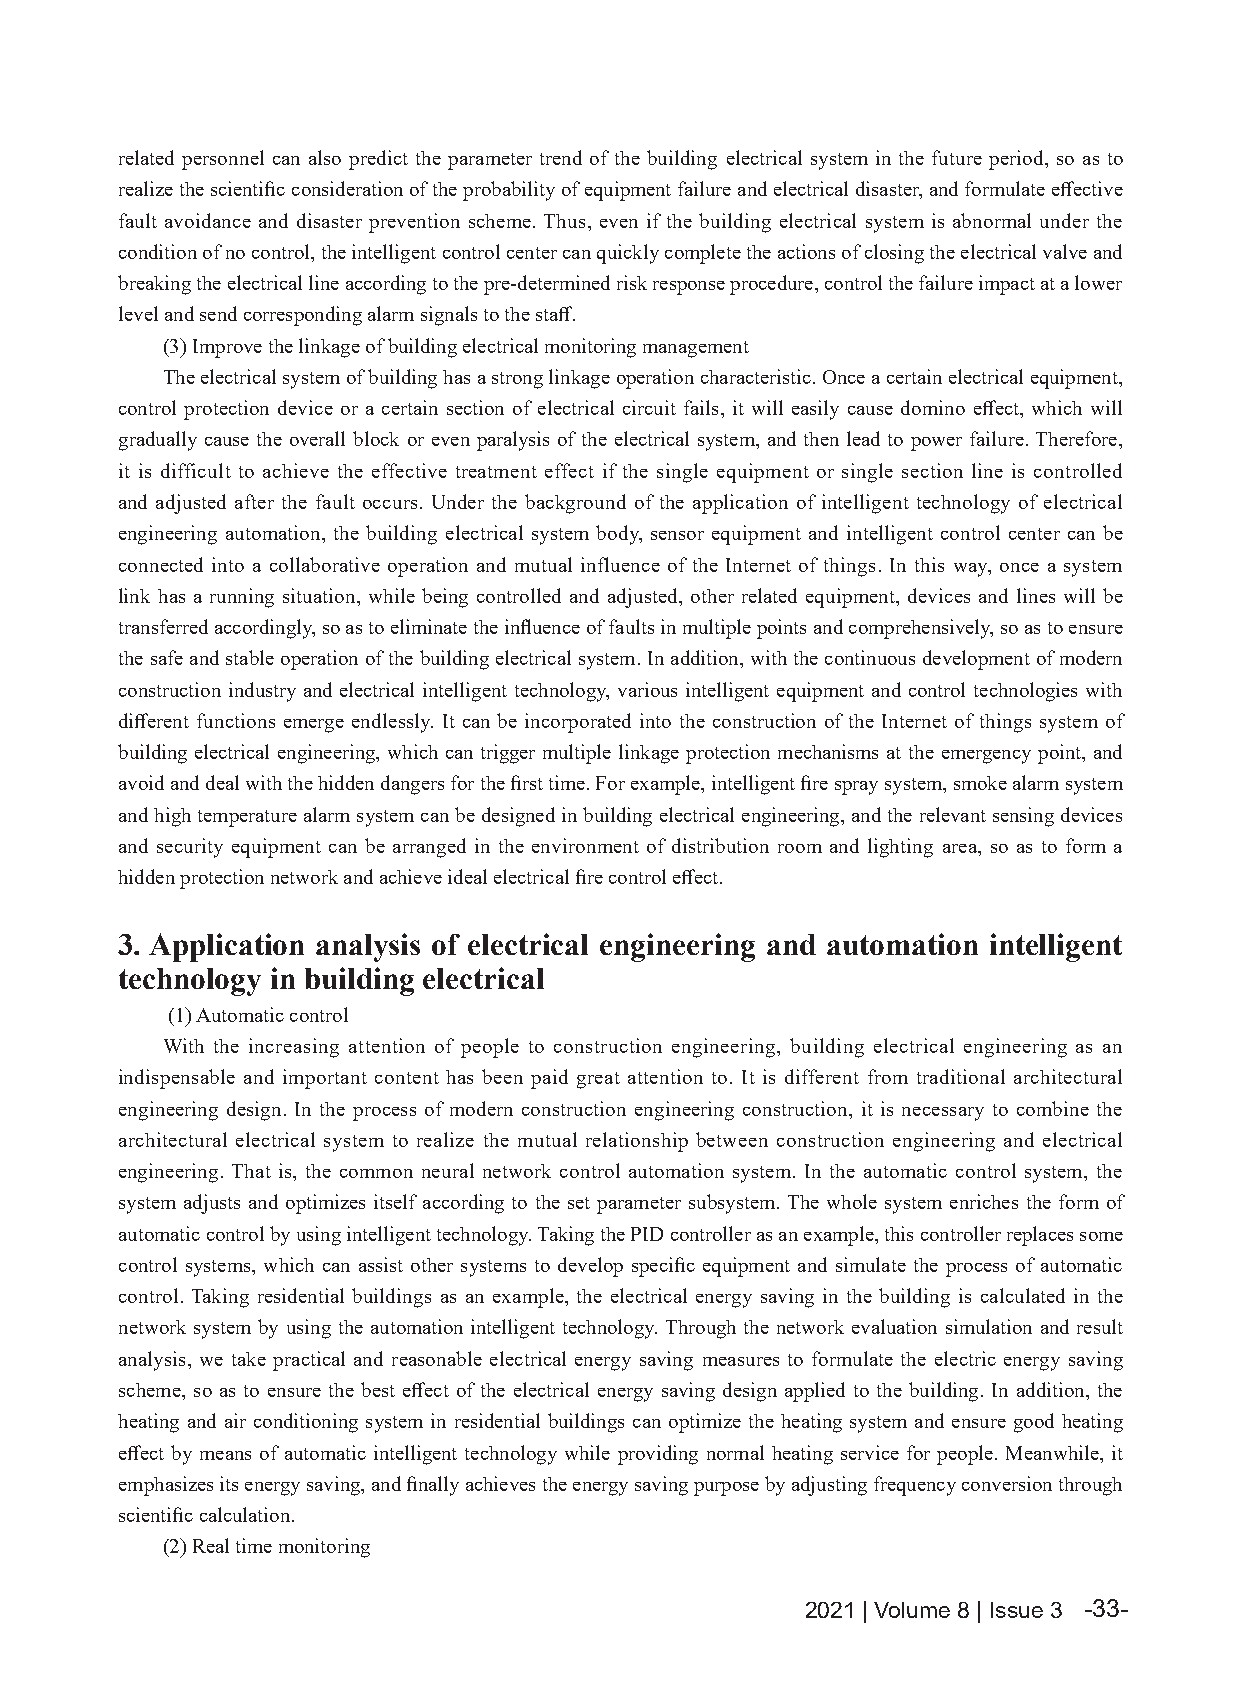
related personnel can also predict the parameter trend of the building electrical system in the future period, so as to
 realize the scientific consideration of the probability of equipment failure and electrical disaster, and formulate effective
 fault avoidance and disaster prevention scheme. Thus, even if the building electrical system is abnormal under the
 condition of no control, the intelligent control center can quickly complete the actions of closing the electrical valve and
 breaking the electrical line according to the pre-determined risk response procedure, control the failure impact at a lower
 level and send corresponding alarm signals to the staff.
 (3) Improve the linkage of building electrical monitoring management
 The electrical system of building has a strong linkage operation characteristic. Once a certain electrical equipment,
 control protection device or a certain section of electrical circuit fails, it will easily cause domino effect, which will
 gradually cause the overall block or even paralysis of the electrical system, and then lead to power failure. Therefore,
 it is difficult to achieve the effective treatment effect if the single equipment or single section line is controlled
 and adjusted after the fault occurs. Under the background of the application of intelligent technology of electrical
 engineering automation, the building electrical system body, sensor equipment and intelligent control center can be
 connected into a collaborative operation and mutual influence of the Internet of things. In this way, once a system
 link has a running situation, while being controlled and adjusted, other related equipment, devices and lines will be
 transferred accordingly, so as to eliminate the influence of faults in multiple points and comprehensively, so as to ensure
 the safe and stable operation of the building electrical system. In addition, with the continuous development of modern
 construction industry and electrical intelligent technology, various intelligent equipment and control technologies with
 different functions emerge endlessly. It can be incorporated into the construction of the Internet of things system of
 building electrical engineering, which can trigger multiple linkage protection mechanisms at the emergency point, and
 avoid and deal with the hidden dangers for the first time. For example, intelligent fire spray system, smoke alarm system
 and high temperature alarm system can be designed in building electrical engineering, and the relevant sensing devices
 and security equipment can be arranged in the environment of distribution room and lighting area, so as to form a
 hidden protection network and achieve ideal electrical fire control effect.
 3. Application analysis of electrical engineering and automation intelligent
 technology in building electrical
 (1) Automatic control
 With the increasing attention of people to construction engineering, building electrical engineering as an
 indispensable and important content has been paid great attention to. It is different from traditional architectural
 engineering design. In the process of modern construction engineering construction, it is necessary to combine the
 architectural electrical system to realize the mutual relationship between construction engineering and electrical
 engineering. That is, the common neural network control automation system. In the automatic control system, the
 system adjusts and optimizes itself according to the set parameter subsystem. The whole system enriches the form of
 automatic control by using intelligent technology. Taking the PID controller as an example, this controller replaces some
 control systems, which can assist other systems to develop specific equipment and simulate the process of automatic
 control. Taking residential buildings as an example, the electrical energy saving in the building is calculated in the
 network system by using the automation intelligent technology. Through the network evaluation simulation and result
 analysis, we take practical and reasonable electrical energy saving measures to formulate the electric energy saving
 scheme, so as to ensure the best effect of the electrical energy saving design applied to the building. In addition, the
 heating and air conditioning system in residential buildings can optimize the heating system and ensure good heating
 effect by means of automatic intelligent technology while providing normal heating service for people. Meanwhile, it
 emphasizes its energy saving, and finally achieves the energy saving purpose by adjusting frequency conversion through
 scientific calculation.
 (2) Real time monitoring
 2021 | Volume 8 | Issue 3 -33-